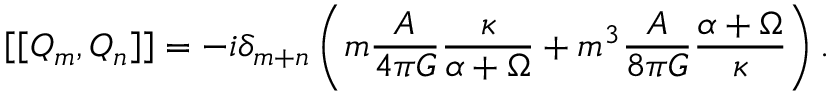
\left[ \left[ Q _ { m } , Q _ { n } \right] \right] = - i \delta _ { m + n } \left( m \frac { { \cal A } } { 4 \pi G } \frac { \kappa } { \alpha + \Omega } + m ^ { 3 } \frac { { \cal A } } { 8 \pi G } \frac { \alpha + \Omega } { \kappa } \right) .